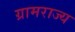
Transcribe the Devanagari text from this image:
ग्रामराज्य